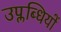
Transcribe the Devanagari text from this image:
उप्लब्धियों